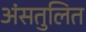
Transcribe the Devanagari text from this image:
अंसतुलित